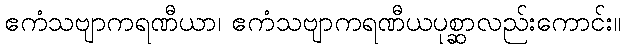
ဧကံသဗျာကရဏီယာ၊ ဧကံသဗျာကရဏီယပုစ္ဆာလည်းကောင်း။